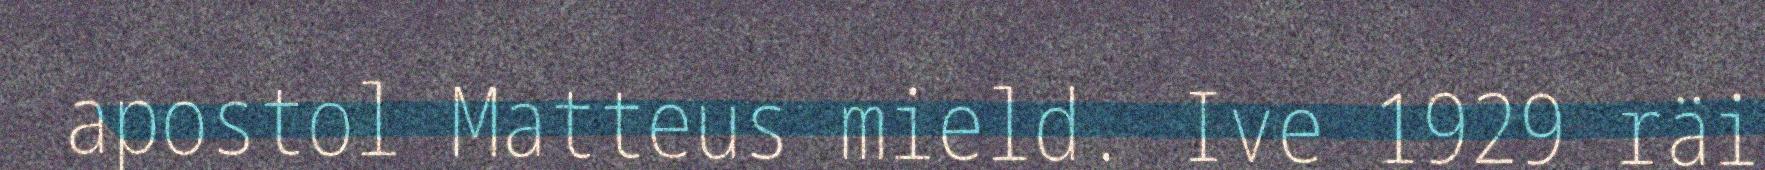
apostol Matteus mield. Ive 1929 räi